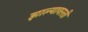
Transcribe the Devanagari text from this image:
झाल्यावरती